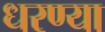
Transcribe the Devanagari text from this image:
धरण्या